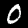
Label: 0